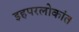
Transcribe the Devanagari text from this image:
इहपरलोकांत